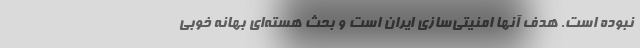
نبوده است. هدف آنها امنیتی‌سازی ایران است و بحث هسته‌ای بهانه خوبی